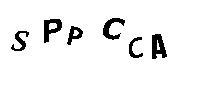
SPPCCA